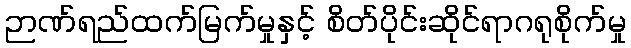
ဉာဏ်ရည်ထက်မြက်မှုနှင့် စိတ်ပိုင်းဆိုင်ရာဂရုစိုက်မှု